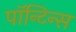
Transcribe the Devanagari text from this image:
पॉन्टिन्स